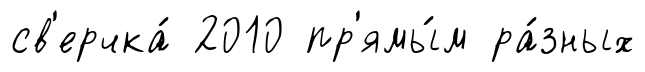
св'ерчка́ 2010 пр'ямы́м ра́зных